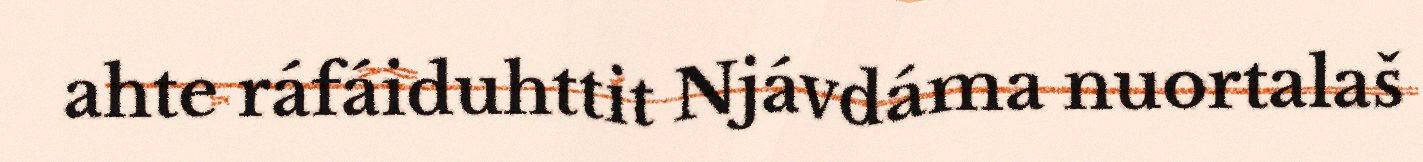
ahte ráfáiduhttit Njávdáma nuortalaš